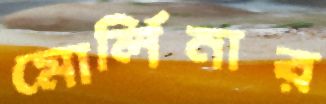
মোর্লিনার